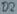
Text: D2